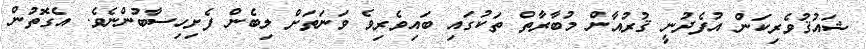
ޝައުޤުވެރިކަން އުފެދުނީ ޤުރުއާން މުބާރާތް ތަކުގައި ބައިވެރިވެ ވަނަތަށް ލިބެން ފެށިހިސާބުންނެވެ. އެގޮތުން